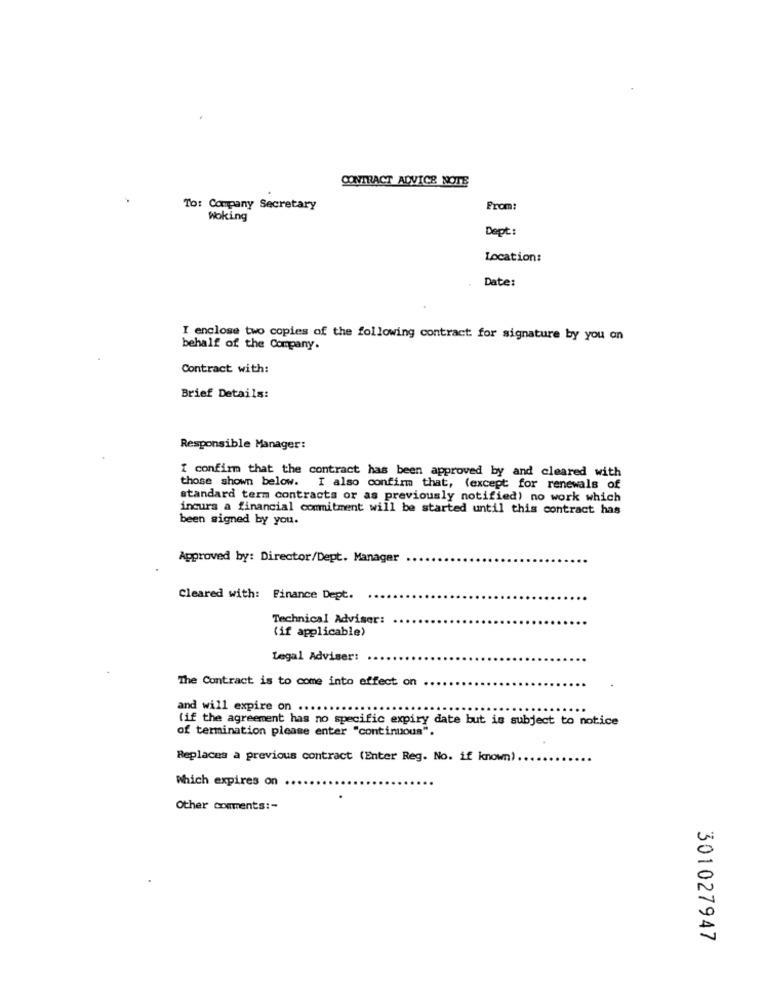
CONTRACT ADVICE NOTE
To: Company Secretary
From:
Woking
Dept:
Location:
Date:
I enclose two copies of the following contract for signature by you on
behalf of the Company.
Contract with:
Brief Details:
Responsible Manager:
I confirm that the contract has been approved by and cleared with
those shown below. I also confirm that, (except for renewals of
standard term contracts or as previously notified) no work which
incurs a financial commitment will be started until this contract has
been signed by you.
Approved by: Director/Dept. Manager
Cleared with: Finance Dept.
Technical Adviser:
(if applicable)
Legal Adviser:
The Contract is to come into effect on
and will expire on ..
(if the agreement has no specific expiry date but is subject to notice
of termination please enter "continuous".
Replaces a previous contract (Enter Reg. No. if known).
Which expires on
Other comments :-
0
U
301027947